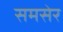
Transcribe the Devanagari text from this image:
समसेर